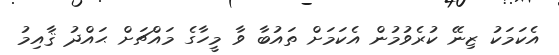
އެކަމަކު ޒިނޭ ކުރެވުމުން އެކަމަށް ތައުބާ ވާ މީހާގެ މައްޗަށް ޙައްދު ޤާއިމު